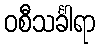
ဝစီသင်္ခါရာ